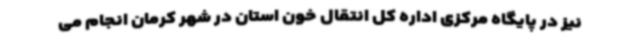
نیز در پایگاه مرکزی اداره کل انتقال خون استان در شهر کرمان انجام می